Paatsalu_vallavalitsus, lk 20
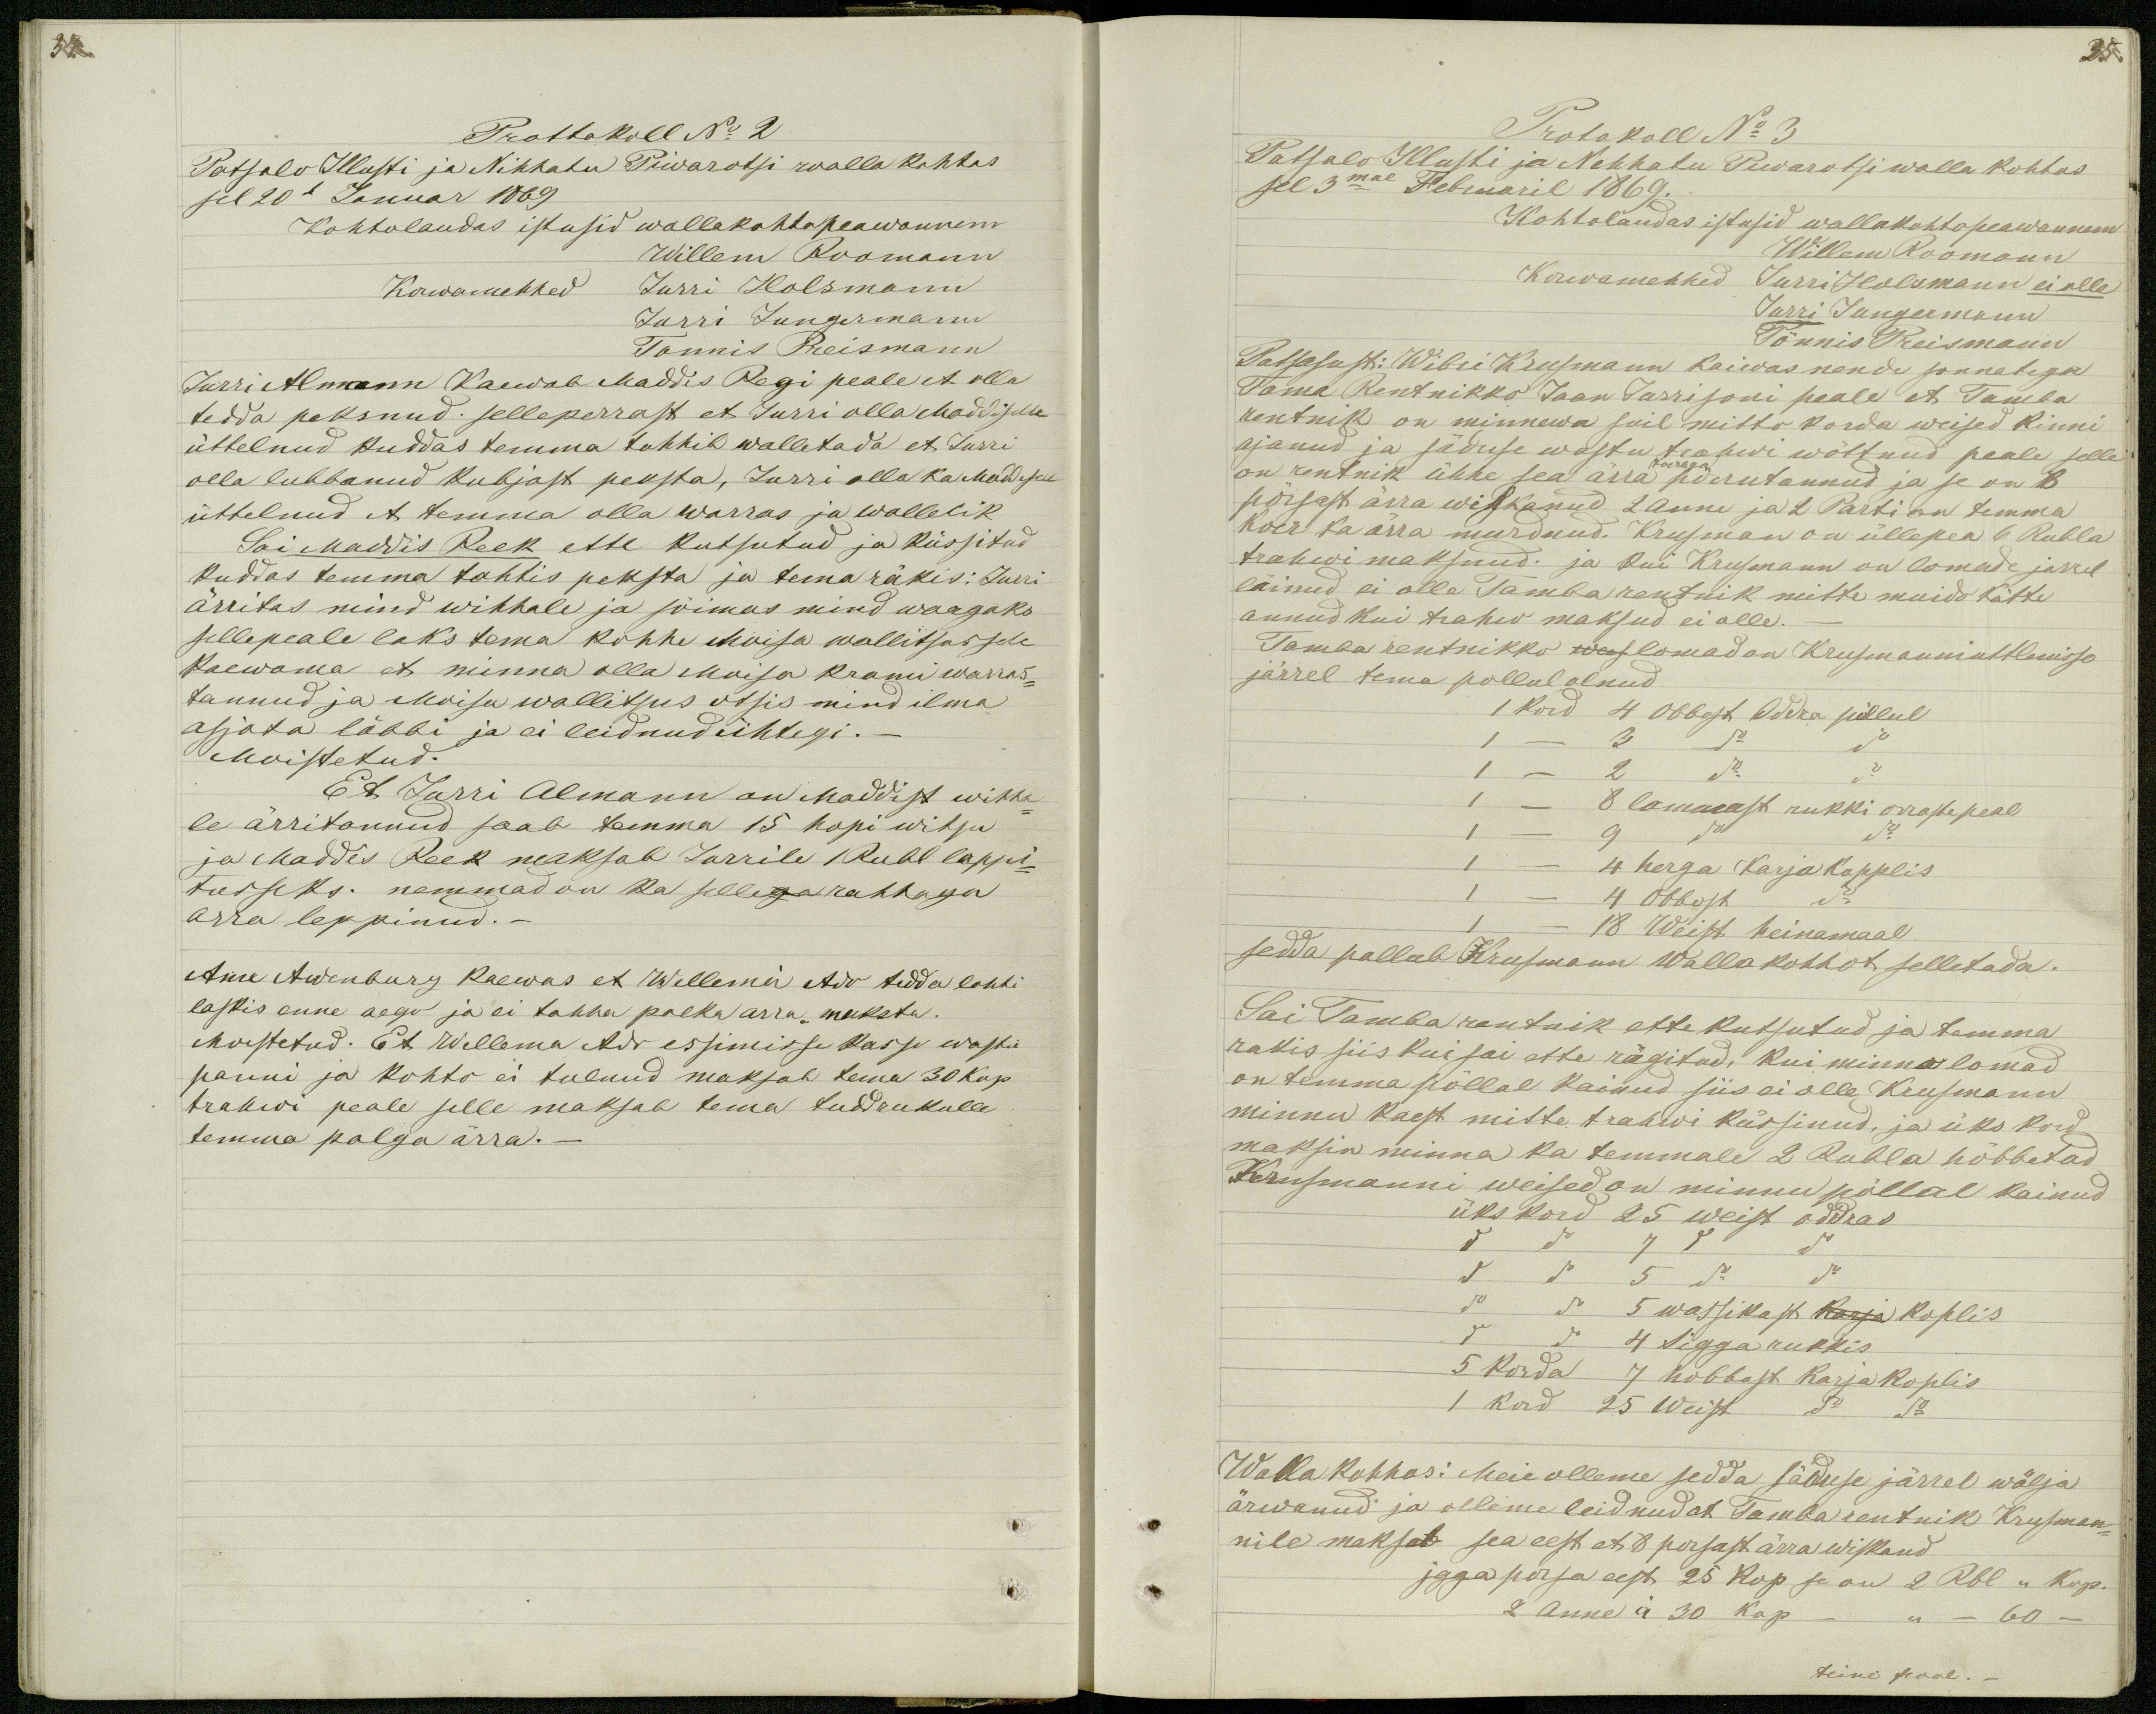
34

Prottokoll No 2
Patsalo Illusti ja Nihhatu Piwarotsi walla kohtos
sel 20l Januar 1869
Kohtolaudas istusid wallakohtopeawannem
Willem Roomann
Korwamehhed
Jurri Holsmann
Jurri Jungermann
Tonnis Preismann
Jurri Almann Kaewab Maddis Regi peale et olla
tedda peksnud. selleperrast et Jurri olla Maddiselle
üttelnud kuddas temma tohhib walletada et Jurri
olla lubbanud kubjast peksta, Jurri olla ka Maddisele
üttelnud et temma olla warras ja wallelik
Sai Maddis Reek ette kutsutud ja küssitud
kuddas temma tohtis peksta ja tema räkis: Jurri
ärritas mind wihhale ja sõimas mind wargaks
sellepeale laks tema kohhe Moisa wallitsussele
kaewama et minna olla Moisa Krami warras-
tannud ja Moisa wallitsus otsis mind ilma
asjata läbbi ja ei leidnud ühtegi._
Moistetud.
Et Jurri Almann on Maddist wihha-
le ärritannud saab temma 15 hopi witsu
ja Maddis Reek maksab Jurrile 1 Rubl leppi-
tusseks: nemmad on ka sellega rahhaga
arra leppinud._
Anu Awenburg kaewas et Wellemä Ado tedda lahti
laskis enne aego ja ei tahha palka arra maksta.
Moistetud. Et Wellema Ado essimisse Kasso wastu
panni ja kohto ei tulnud maksab tema 30 kop.
trahwi peale selle maksab tema tudrukulle
temma palga ärra._

35
Protokoll No 3
Patsalo Illusti ja Nehhatu Piwarotsi walla kohtos
sel 3mal Februaril 1869.
Kohtolaudas istusid wallakohtopeawannem
Willem Roomann
Korwamehhed Jurri Holsmann ei olle
Jurri Jungermann
Tönnis Preismann
Patsalust: Wibri Krusmann kaiwas nende sonnatega
Tama Rentnikko Jaan Jurrisoni peale et Tamba
rentnik on minnewa suil mitto korda weised kinni
ajanud ja säduse wastu trahwi wõttnud peale selle
koeraga
on rentnik ühhe sea ärra põrrutannud ja se on 8
põrsast ärra wiskanud 2 anne ja 2 Parti on temma
koer ka ärra murdnud. Krusman on üllepea 6 Rubla
trahwi maksnud. ja kui Krusmann on lomade jarrel
läinud ei olle Tamba rentnik mitte muido kätte
annud kui trahw maksud ei olle.
Tamba rentnikko weis lomad on Krusmanni uttlemisso
järrel tema pollul olnud
1 kord 4 Obbost Oddra põllul
1 - 3 do do
1 - 2 do do
1 - 8 lammast rukki orraste peal
1 - 9 do do
1 - 4 herga Karja kopplis
1 - 4 Obbost do
1 - 18 Weist heinamaal
sedda pallub Krusmann walla kohhot selletada.
Sai Tamba rentnik ette kutsutud ja temma
rakis siis kui sai ette rägitud, kui minnu lomad
on temma põllal kainud siis ei olle Krusmann
minnu kaest mitte trahwi küssinud, ja üks kord
maksin minna ka temmale 2 Rubla hõbbetad
Krusmanni weised on minnu põllal kainud
üks kord 25 weist oddras
do do 7 do do
do do 5 do do
do do 5 wassikast Karja Koplis
do do 4 Sigga rukkis
5 korda 7 hobbost karja koplis
1 kord 25 Weist do do
Walla kohhos: Meie olleme sedda säduse järrel wälja
ärwanud ja olleme leidnud et Tamba rentnik Krusman-
nile maksab sea eest et 8 porsast ärra wiskand
igga porsa eest 25 kop se on 2 Rbl ,, Kop.
2 Anne á 30 kop _ ,, _ 60 _
teine pool._